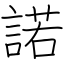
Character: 諾